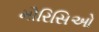
મૌરિસિઓ